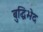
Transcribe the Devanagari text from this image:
बुद्धिभेद